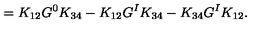
= K _ { 1 2 } G ^ { 0 } K _ { 3 4 } - K _ { 1 2 } G ^ { I } K _ { 3 4 } - K _ { 3 4 } G ^ { I } K _ { 1 2 } .